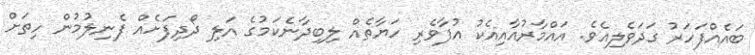
ބައެއްފަހަރު ގަދަވެލިއެވެ. އައްމާރުއާއިއެކު އުފާވެރި ހަޔާތެއް ލިބިދާނެކަމުގެ އަލި ދޯދިފަށެއް ފެނިލުމުން ހިތަށް